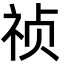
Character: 祯